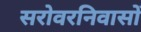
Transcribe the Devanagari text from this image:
सरोवरनिवासों